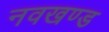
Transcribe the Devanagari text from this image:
नवखण्ड